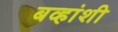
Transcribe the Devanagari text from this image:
बव्हांशी